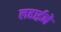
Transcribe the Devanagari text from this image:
लढाईने